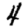
Digit: 4